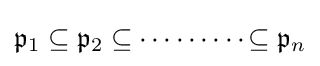
{\mathfrak {p}}_{1}\subseteq {\mathfrak {p}}_{2}\subseteq \!\!\;\cdots \cdots \cdots \!\!\,\subseteq {\mathfrak {p}}_{n}